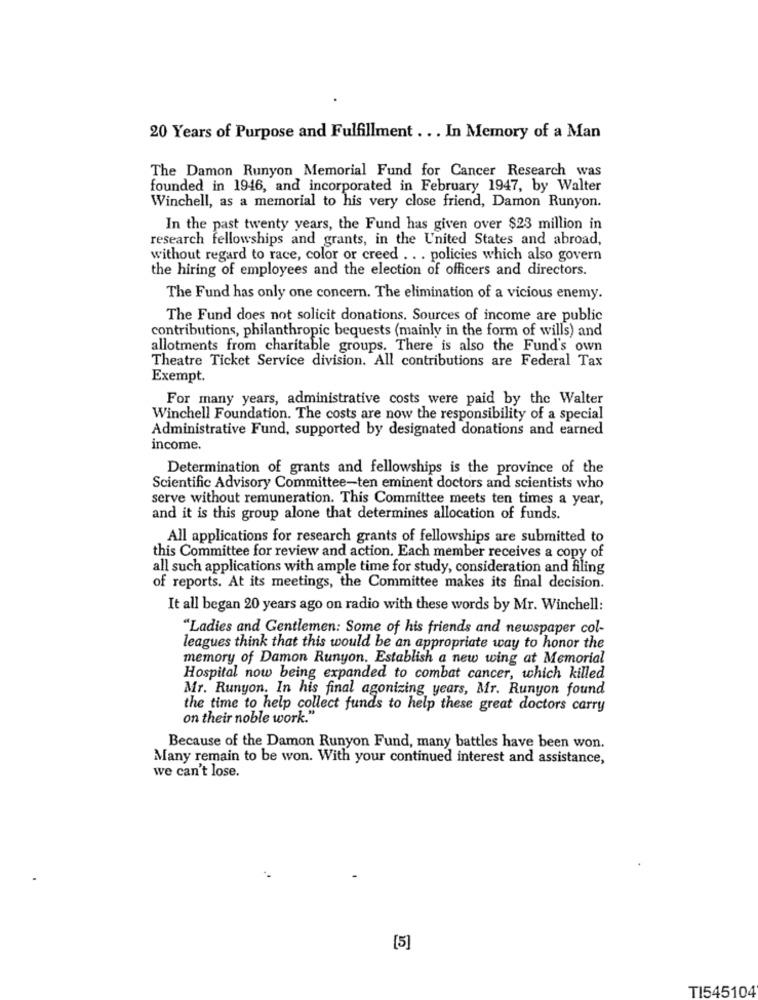
20 Years of Purpose and Fulfillment ... In Memory of a Man
The Damon Runyon Memorial Fund for Cancer Research was
founded in 1946, and incorporated in February 1947, by Walter
Winchell, as a memorial to his very close friend, Damon Runyon.
In the past twenty years, the Fund has given over $23 million in
research fellowships and grants, in the United States and abroad,
without regard to race, color or creed .. . policies which also govern
the hiring of employees and the election of officers and directors.
The Fund has only one concern. The elimination of a vicious enemy.
The Fund does not solicit donations. Sources of income are public
contributions, philanthropic bequests (mainly in the form of wills) and
allotments from charitable groups. There is also the Fund's own
Theatre Ticket Service division. All contributions are Federal Tax
Exempt.
For many years, administrative costs were paid by the Walter
Winchell Foundation. The costs are now the responsibility of a special
Administrative Fund, supported by designated donations and earned
income.
Determination of grants and fellowships is the province of the
Scientific Advisory Committee-ten eminent doctors and scientists who
serve without remuneration. This Committee meets ten times a year,
and it is this group alone that determines allocation of funds.
All applications for research grants of fellowships are submitted to
this Committee for review and action. Each member receives a copy of
all such applications with ample time for study, consideration and filing
of reports. At its meetings, the Committee makes its final decision.
It all began 20 years ago on radio with these words by Mr. Winchell:
"Ladies and Gentlemen: Some of his friends and newspaper col-
leagues think that this would be an appropriate way to honor the
memory of Damon Runyon. Establish a new wing at Memorial
Hospital now being expanded to combat cancer, which killed
Mr. Runyon. In his final agonizing years, Mr. Runyon found
the time to help collect funds to help these great doctors carry
on their noble work."
Because of the Damon Runyon Fund, many battles have been won.
Many remain to be won. With your continued interest and assistance,
we can't lose.
[5]
TI545104